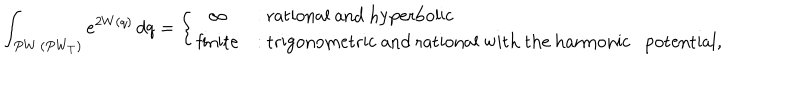
\int _ { P W \, ( P W _ { T } ) } e ^ { 2 W ( q ) } \, d q = \left\{ \begin{array} { c l } { { \infty } } & { { \mathrm { : ~ r a t i o n a l ~ a n d ~ h y p e r b o l i c } } } \\ { { \mathrm { f i n i t e } } } & { { \mathrm { : ~ t r i g o n o m e t r i c ~ a n d ~ r a t i o n a l ~ w i t h ~ t h e ~ h a r m o n i c ~ p o t e n t i a l } , } } \\ \end{array} \right.